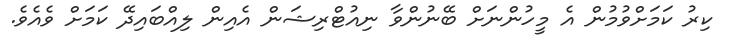
ކިރު ކަމަށްވުމުން އެ މީހުންނަށް ބޭނުންވާ ނިއުޓްރިޝަން އެއިން ލިއްބައިދޭ ކަމަށް ވެއެވެ.